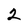
Character: 2